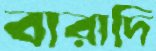
বারাদি